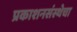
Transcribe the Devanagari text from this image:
प्रकाशनसंस्थेचा